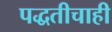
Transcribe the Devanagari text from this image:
पद्धतीचाही